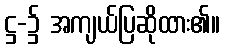
ဋ္ဌ-၌ အကျယ်ပြဆိုထား၏။